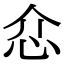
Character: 𢗊